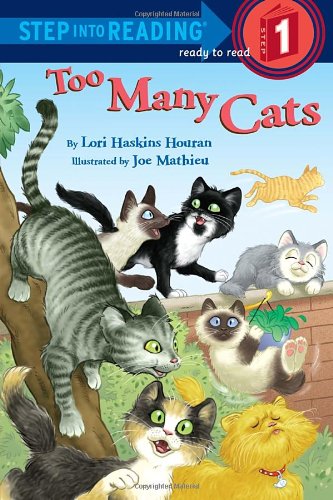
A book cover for Too Many Cats (Step into Reading); Lori Haskins Houran; Children's Books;